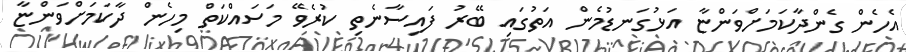
އެހެން ގެންދާކަމަށްވަންޏާ އަޅުގަނޑުމެން އަތުގައި ބޭރު ފައިސާނެތި ކުރެވޭ މަސައްކަތް މިހެން ދާކަމަށްވަންޏާ